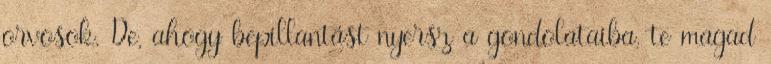
orvosok. De, ahogy bepillantást nyersz a gondolataiba, te magad